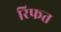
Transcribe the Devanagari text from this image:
रिफत